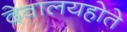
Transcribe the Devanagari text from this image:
देवालयहोते